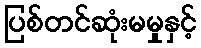
ပြစ်တင်ဆုံးမမှုနှင့်